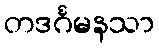
တဒင်္ဂမနသာ